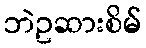
ဘဲဥဆားစိမ်